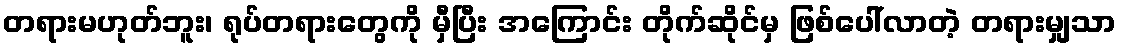
တရားမဟုတ်ဘူး၊ ရုပ်တရားတွေကို မှီပြီး အကြောင်း တိုက်ဆိုင်မှ ဖြစ်ပေါ်လာတဲ့ တရားမျှသာ